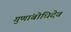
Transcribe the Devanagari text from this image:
गुणांबोधिदेव